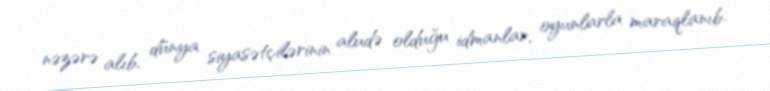
nəzərə alıb, dünya siyasətçilərinin aludə olduğu idmanlar, oyunlarla maraqlanıb.